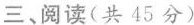
三、阅读(共45 分)